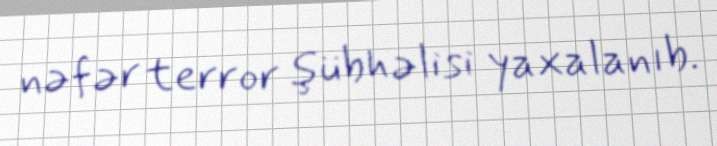
nəfər terror şübhəlisi yaxalanıb.